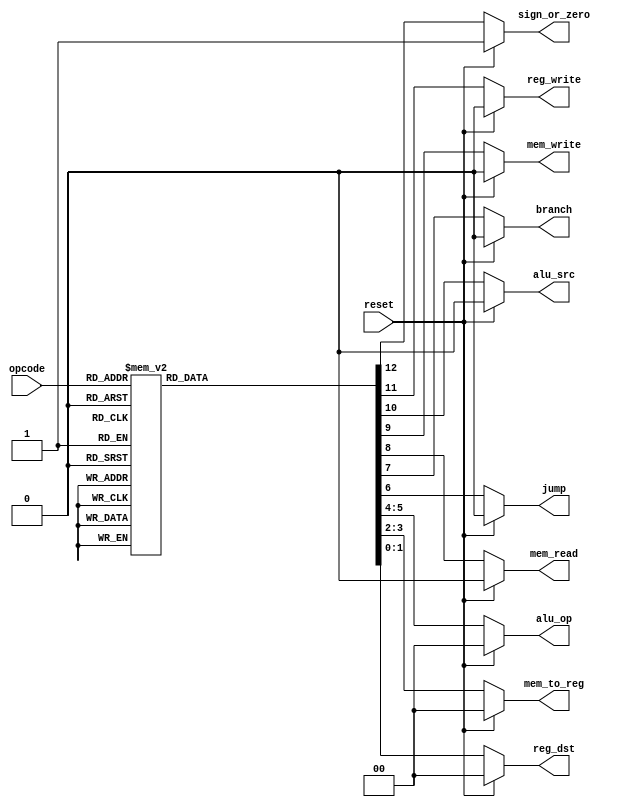
`timescale 1ns / 1ps
//////////////////////////////////////////////////////////////////////////////////
// Company: 
// Engineer: 
// 
// Design Name: 
// Module Name:    control 
// Project Name: 
// Target Devices: 
// Tool versions: 
// Description: 
//
// Dependencies: 
//
// Revision: 
// Revision 0.01 - File Created
// Additional Comments: 
//
//////////////////////////////////////////////////////////////////////////////////
// Submodule: Control Unit in Verilog 
 module control( input[2:0] opcode,  
                           input reset,  
                           output reg[1:0] reg_dst,mem_to_reg,alu_op,  
                           output reg jump,branch,mem_read,mem_write,alu_src,reg_write,sign_or_zero                      
   );  
 always @(*)  
 begin  
      if(reset == 1'b1) begin  
                reg_dst = 2'b00;  
                mem_to_reg = 2'b00;  
                alu_op = 2'b00;  
                jump = 1'b0;  
                branch = 1'b0;  
                mem_read = 1'b0;  
                mem_write = 1'b0;  
                alu_src = 1'b0;  
                reg_write = 1'b0;  
                sign_or_zero = 1'b1;  
      end  
      else begin  
      case(opcode)   
      3'b000: begin // add  
                reg_dst = 2'b01;  
                mem_to_reg = 2'b00;  
                alu_op = 2'b00;  
                jump = 1'b0;  
                branch = 1'b0;  
                mem_read = 1'b0;  
                mem_write = 1'b0;  
                alu_src = 1'b0;  
                reg_write = 1'b1;  
                sign_or_zero = 1'b1;  
                end  
      3'b001: begin // sli  
                reg_dst = 2'b00;  
                mem_to_reg = 2'b00;  
                alu_op = 2'b10;  
                jump = 1'b0;  
                branch = 1'b0;  
                mem_read = 1'b0;  
                mem_write = 1'b0;  
                alu_src = 1'b1;  
                reg_write = 1'b1;  
                sign_or_zero = 1'b0;  
                end  
      3'b010: begin // j  
                reg_dst = 2'b00;  
                mem_to_reg = 2'b00;  
                alu_op = 2'b00;  
                jump = 1'b1;  
                branch = 1'b0;  
                mem_read = 1'b0;  
                mem_write = 1'b0;  
                alu_src = 1'b0;  
                reg_write = 1'b0;  
                sign_or_zero = 1'b1;  
                end  
      3'b011: begin // jal  
                reg_dst = 2'b10;  
                mem_to_reg = 2'b10;  
                alu_op = 2'b00;  
                jump = 1'b1;  
                branch = 1'b0;  
                mem_read = 1'b0;  
                mem_write = 1'b0;  
                alu_src = 1'b0;  
                reg_write = 1'b1;  
                sign_or_zero = 1'b1;  
                end  
      3'b100: begin // lw  
                reg_dst = 2'b00;  
                mem_to_reg = 2'b01;  
                alu_op = 2'b11;  
                jump = 1'b0;  
                branch = 1'b0;  
                mem_read = 1'b1;  
                mem_write = 1'b0;  
                alu_src = 1'b1;  
                reg_write = 1'b1;  
                sign_or_zero = 1'b1;  
                end  
      3'b101: begin // sw  
                reg_dst = 2'b00;  
                mem_to_reg = 2'b00;  
                alu_op = 2'b11;  
                jump = 1'b0;  
                branch = 1'b0;  
                mem_read = 1'b0;  
                mem_write = 1'b1;  
                alu_src = 1'b1;  
                reg_write = 1'b0;  
                sign_or_zero = 1'b1;  
                end  
      3'b110: begin // beq  
                reg_dst = 2'b00;  
                mem_to_reg = 2'b00;  
                alu_op = 2'b01;  
                jump = 1'b0;  
                branch = 1'b1;  
                mem_read = 1'b0;  
                mem_write = 1'b0;  
                alu_src = 1'b0;  
                reg_write = 1'b0;  
                sign_or_zero = 1'b1;  
                end  
      3'b111: begin // addi  
                reg_dst = 2'b00;  
                mem_to_reg = 2'b00;  
                alu_op = 2'b11;  
                jump = 1'b0;  
                branch = 1'b0;  
                mem_read = 1'b0;  
                mem_write = 1'b0;  
                alu_src = 1'b1;  
                reg_write = 1'b1;  
                sign_or_zero = 1'b1;  
                end  
      default: begin  
                reg_dst = 2'b01;  
                mem_to_reg = 2'b00;  
                alu_op = 2'b00;  
                jump = 1'b0;  
                branch = 1'b0;  
                mem_read = 1'b0;  
                mem_write = 1'b0;  
                alu_src = 1'b0;  
                reg_write = 1'b1;  
                sign_or_zero = 1'b1;  
                end  
      endcase  
      end  
 end  
 endmodule